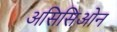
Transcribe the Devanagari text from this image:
असिसिओन